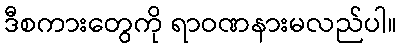
ဒီစကားတွေကို ရာဝဏနားမလည်ပါ။